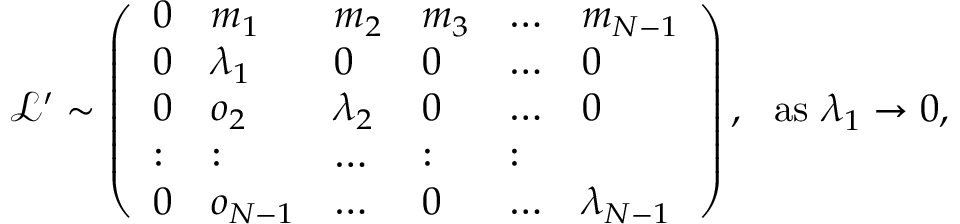
\begin{array} { r } { \! \! \! \mathcal { L } ^ { \prime } \sim \left( \begin{array} { l l l l l l } { 0 } & { m _ { 1 } } & { m _ { 2 } } & { m _ { 3 } } & { \dots } & { m _ { N - 1 } } \\ { 0 } & { \lambda _ { 1 } } & { 0 } & { 0 } & { \dots } & { 0 } \\ { 0 } & { o _ { 2 } } & { \lambda _ { 2 } } & { 0 } & { \dots } & { 0 } \\ { : } & { : } & { \dots } & { : } & { : } \\ { 0 } & { o _ { N - 1 } } & { \dots } & { 0 } & { \dots } & { \lambda _ { N - 1 } } \end{array} \right) , ~ ~ \mathrm { a s } ~ \lambda _ { 1 } \rightarrow 0 , } \end{array}